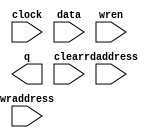
// (C) 2001-2015 Altera Corporation. All rights reserved.
// Your use of Altera Corporation's design tools, logic functions and other 
// software and tools, and its AMPP partner logic functions, and any output 
// files any of the foregoing (including device programming or simulation 
// files), and any associated documentation or information are expressly subject 
// to the terms and conditions of the Altera Program License Subscription 
// Agreement, Altera MegaCore Function License Agreement, or other applicable 
// license agreement, including, without limitation, that your use is for the 
// sole purpose of programming logic devices manufactured by Altera and sold by 
// Altera or its authorized distributors.  Please refer to the applicable 
// agreement for further details.







// synopsys translate_off
`timescale 1 ps / 1 ps
// synopsys translate_on
module rw_manager_di_buffer (
	clock,
	data,
	rdaddress,
	wraddress,
	wren,
	q,
	clear);

	parameter DATA_WIDTH = 32;
	parameter ADDR_WIDTH = 4;
	parameter NUM_WORDS = 16;

	input	  clock;
	input	[DATA_WIDTH-1:0]  data;
	input	[ADDR_WIDTH-1:0]  rdaddress;
	input	[ADDR_WIDTH-1:0]  wraddress;
	input	  wren;
	output	[DATA_WIDTH-1:0]  q;
	input clear;
`ifndef ALTERA_RESERVED_QIS
// synopsys translate_off
`endif
	tri1	  clock;
	tri0	  wren;
`ifndef ALTERA_RESERVED_QIS
// synopsys translate_on
`endif

// synthesis translate_off

	reg	[DATA_WIDTH-1:0]  q;
	reg [DATA_WIDTH-1:0] mem [0:NUM_WORDS-1];
	integer i;
/*
	integer j;
    always @(posedge clock or posedge clear) begin
        if (clear) begin
			for (i = 0; i < NUM_WORDS; i = i + 1) begin
				for (j = 0; j < DATA_WIDTH/32; j = j+ 1) begin
					mem[i][32*j+:32] <= i*(DATA_WIDTH/32) + j;
				end
			end
		end
		else begin
			q <= mem[rdaddress];
		end
	end
*/

    always @(posedge clock or posedge clear) begin
        if (clear) begin
			for (i = 0; i < NUM_WORDS; i = i + 1) begin
				mem[i] <= 0;
			end
		end
		else begin
			if (wren)
				mem[wraddress] <= data;
			q <= mem[rdaddress];
		end
	end

// synthesis translate_on

// synthesis read_comments_as_HDL on
// 	wire [DATA_WIDTH-1:0] sub_wire0;
// 	wire [DATA_WIDTH-1:0] q = sub_wire0[DATA_WIDTH-1:0];
// 	
// 	altsyncram	altsyncram_component (
// 				.address_a (wraddress),
// 				.clock0 (clock),
// 				.data_a (data),
// 				.wren_a (wren),
// 				.address_b (rdaddress),
// 				.q_b (sub_wire0),
// 				.aclr0 (1'b0),
// 				.aclr1 (1'b0),
// 				.addressstall_a (1'b0),
// 				.addressstall_b (1'b0),
// 				.byteena_a (1'b1),
// 				.byteena_b (1'b1),
// 				.clock1 (1'b1),
// 				.clocken0 (1'b1),
// 				.clocken1 (1'b1),
// 				.clocken2 (1'b1),
// 				.clocken3 (1'b1),
// 				.data_b ({DATA_WIDTH{1'b1}}),
// 				.eccstatus (),
// 				.q_a (),
// 				.rden_a (1'b1),
// 				.rden_b ((rdaddress < NUM_WORDS) ? 1'b1 : 1'b0),
// 				.wren_b (1'b0));
// 	defparam
// 		altsyncram_component.address_aclr_b = "NONE",
// 		altsyncram_component.address_reg_b = "CLOCK0",
// 		altsyncram_component.clock_enable_input_a = "BYPASS",
// 		altsyncram_component.clock_enable_input_b = "BYPASS",
// 		altsyncram_component.clock_enable_output_b = "BYPASS",
// 		altsyncram_component.intended_device_family = "Stratix III",
// 		altsyncram_component.lpm_type = "altsyncram",
// 		altsyncram_component.numwords_a = NUM_WORDS,
// 		altsyncram_component.numwords_b = NUM_WORDS,
// 		altsyncram_component.operation_mode = "DUAL_PORT",
// 		altsyncram_component.outdata_aclr_b = "NONE",
// 		altsyncram_component.outdata_reg_b = "UNREGISTERED",
// 		altsyncram_component.power_up_uninitialized = "FALSE",
// 		altsyncram_component.ram_block_type = "MLAB",
// 		altsyncram_component.widthad_a = ADDR_WIDTH,
// 		altsyncram_component.widthad_b = ADDR_WIDTH,
// 		altsyncram_component.width_a = DATA_WIDTH,
// 		altsyncram_component.width_b = DATA_WIDTH,
// 		altsyncram_component.width_byteena_a = 1;
// synthesis read_comments_as_HDL off


endmodule